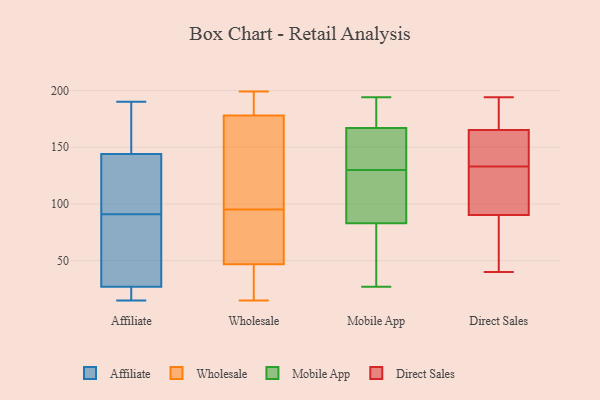
{"axis": {"x": "Shipments", "y": "Value"}, "legend": ["Affiliate", "Direct Sales", "Mobile App", "Wholesale"], "data": [{"x": "", "y": 21, "type": "Affiliate"}, {"x": "", "y": 115, "type": "Affiliate"}, {"x": "", "y": 149, "type": "Affiliate"}, {"x": "", "y": 118, "type": "Affiliate"}, {"x": "", "y": 56, "type": "Affiliate"}, {"x": "", "y": 190, "type": "Affiliate"}, {"x": "", "y": 45, "type": "Affiliate"}, {"x": "", "y": 144, "type": "Affiliate"}, {"x": "", "y": 23, "type": "Affiliate"}, {"x": "", "y": 136, "type": "Affiliate"}, {"x": "", "y": 161, "type": "Affiliate"}, {"x": "", "y": 27, "type": "Affiliate"}, {"x": "", "y": 15, "type": "Affiliate"}, {"x": "", "y": 67, "type": "Affiliate"}, {"x": "", "y": 69, "type": "Wholesale"}, {"x": "", "y": 192, "type": "Wholesale"}, {"x": "", "y": 64, "type": "Wholesale"}, {"x": "", "y": 21, "type": "Wholesale"}, {"x": "", "y": 17, "type": "Wholesale"}, {"x": "", "y": 41, "type": "Wholesale"}, {"x": "", "y": 199, "type": "Wholesale"}, {"x": "", "y": 172, "type": "Wholesale"}, {"x": "", "y": 81, "type": "Wholesale"}, {"x": "", "y": 138, "type": "Wholesale"}, {"x": "", "y": 122, "type": "Wholesale"}, {"x": "", "y": 182, "type": "Wholesale"}, {"x": "", "y": 78, "type": "Wholesale"}, {"x": "", "y": 180, "type": "Wholesale"}, {"x": "", "y": 28, "type": "Wholesale"}, {"x": "", "y": 144, "type": "Wholesale"}, {"x": "", "y": 197, "type": "Wholesale"}, {"x": "", "y": 95, "type": "Wholesale"}, {"x": "", "y": 15, "type": "Wholesale"}, {"x": "", "y": 167, "type": "Mobile App"}, {"x": "", "y": 129, "type": "Mobile App"}, {"x": "", "y": 28, "type": "Mobile App"}, {"x": "", "y": 194, "type": "Mobile App"}, {"x": "", "y": 98, "type": "Mobile App"}, {"x": "", "y": 81, "type": "Mobile App"}, {"x": "", "y": 180, "type": "Mobile App"}, {"x": "", "y": 83, "type": "Mobile App"}, {"x": "", "y": 27, "type": "Mobile App"}, {"x": "", "y": 79, "type": "Mobile App"}, {"x": "", "y": 91, "type": "Mobile App"}, {"x": "", "y": 169, "type": "Mobile App"}, {"x": "", "y": 128, "type": "Mobile App"}, {"x": "", "y": 165, "type": "Mobile App"}, {"x": "", "y": 166, "type": "Mobile App"}, {"x": "", "y": 178, "type": "Mobile App"}, {"x": "", "y": 148, "type": "Mobile App"}, {"x": "", "y": 131, "type": "Mobile App"}, {"x": "", "y": 85, "type": "Direct Sales"}, {"x": "", "y": 165, "type": "Direct Sales"}, {"x": "", "y": 133, "type": "Direct Sales"}, {"x": "", "y": 175, "type": "Direct Sales"}, {"x": "", "y": 98, "type": "Direct Sales"}, {"x": "", "y": 129, "type": "Direct Sales"}, {"x": "", "y": 194, "type": "Direct Sales"}, {"x": "", "y": 141, "type": "Direct Sales"}, {"x": "", "y": 92, "type": "Direct Sales"}, {"x": "", "y": 166, "type": "Direct Sales"}, {"x": "", "y": 134, "type": "Direct Sales"}, {"x": "", "y": 77, "type": "Direct Sales"}, {"x": "", "y": 40, "type": "Direct Sales"}]}